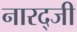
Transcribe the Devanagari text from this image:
नारद्जी